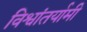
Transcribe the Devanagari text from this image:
विश्वांतर्यामी